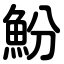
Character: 魵